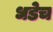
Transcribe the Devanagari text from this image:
धडेच